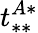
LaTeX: t_{**}^{A*}